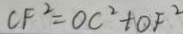
C F ^ { 2 } = O C ^ { 2 } + O F ^ { 2 }